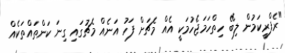
"ރެފްރީކަމުން ލިބޭ ހިތްހަމަޖެހުމަކީ އެއް މެޗަށް ފަހު އަނެއް މެޗުގައި ގިނަ ކަންތައްތަކެއް